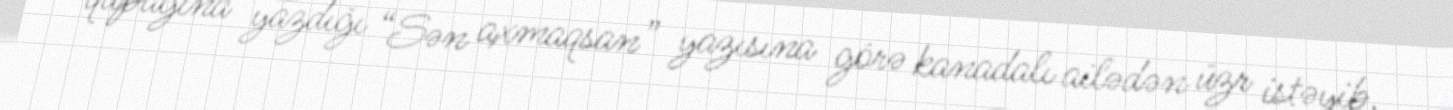
qapağına yazdığı “Sən axmaqsan” yazısına görə kanadalı ailədən üzr istəyib.